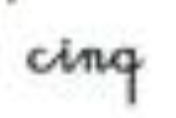
cinq